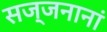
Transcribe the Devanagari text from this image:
सज्जनानां